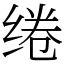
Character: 绻